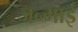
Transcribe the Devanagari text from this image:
जन्माई